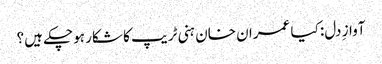
آوازِ دل: کیا عمران خان ہنی ٹریپ کا شکار ہوچکے ہیں؟